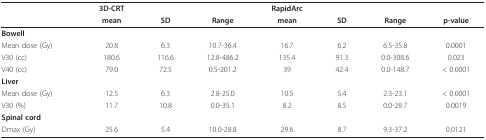
<table><thead><tr><td></td><td><b>3D-CRT</b></td><td></td><td></td><td><b>RapidArc</b></td><td></td><td></td><td></td></tr><tr><td></td><td><b>mean</b></td><td><b>SD</b></td><td><b>Range</b></td><td><b>mean</b></td><td><b>SD</b></td><td><b>Range</b></td><td><b>p-value</b></td></tr></thead><tbody><tr><td><b>Bowell</b></td><td></td><td></td><td></td><td></td><td></td><td></td><td></td></tr><tr><td>Mean dose (Gy)</td><td>20.8</td><td>6.3</td><td>10.7-36.4</td><td>16.7</td><td>6.2</td><td>6.5-35.8</td><td>0.0001</td></tr><tr><td>V30 (cc)</td><td>180.6</td><td>116.6</td><td>12.8-486.2</td><td>135.4</td><td>91.3</td><td>0.0-308.6</td><td>0.023</td></tr><tr><td>V40 (cc)</td><td>79.0</td><td>72.5</td><td>0.5-201.2</td><td>39</td><td>42.4</td><td>0.0-148.7</td><td>&lt; 0.0001</td></tr><tr><td><b>Liver</b></td><td></td><td></td><td></td><td></td><td></td><td></td><td></td></tr><tr><td>Mean dose (Gy)</td><td>12.5</td><td>6.3</td><td>2.8-25.0</td><td>10.5</td><td>5.4</td><td>2.3-23.1</td><td>&lt; 0.0001</td></tr><tr><td>V30 (%)</td><td>11.7</td><td>10.8</td><td>0.0-35.1</td><td>8.2</td><td>8.5</td><td>0.0-28.7</td><td>0.0019</td></tr><tr><td><b>Spinal cord</b></td><td></td><td></td><td></td><td></td><td></td><td></td><td></td></tr><tr><td>Dmax (Gy)</td><td>25.6</td><td>5.4</td><td>10.0-28.8</td><td>29.6</td><td>8.7</td><td>9.3-37.2</td><td>0.0121</td></tr></tbody></table>